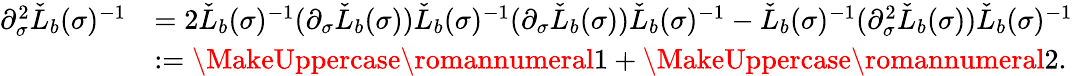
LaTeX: \begin{array}{rl}{\partial_{\sigma}^{2}\check{L}_{b}(\sigma)^{-1}}&{=2\check{L}_{b}(\sigma)^{-1}(\partial_{\sigma}\check{L}_{b}(\sigma))\check{L}_{b}(\sigma)^{-1}(\partial_{\sigma}\check{L}_{b}(\sigma))\check{L}_{b}(\sigma)^{-1}-\check{L}_{b}(\sigma)^{-1}(\partial_{\sigma}^{2}\check{L}_{b}(\sigma))\check{L}_{b}(\sigma)^{-1}}\\ &{:=\MakeUppercase{\romannumeral 1}+\MakeUppercase{\romannumeral 2}.}\end{array}